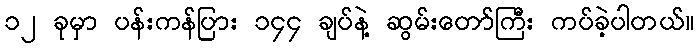
၁၂ ခုမှာ ပန်းကန်ပြား ၁၄၄ ချပ်နဲ့ ဆွမ်းတော်ကြီး ကပ်ခဲ့ပါတယ်။